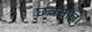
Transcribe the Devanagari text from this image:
छत्रसाल।